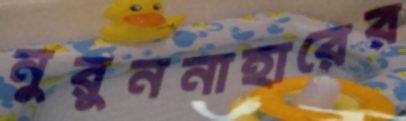
নুরুননাহারের